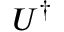
U ^ { \dag }